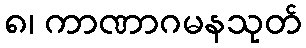
၈၊ ကာဏာဂမနသုတ်